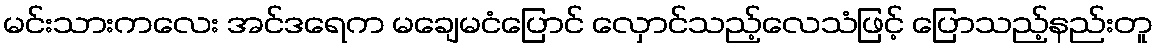
မင်းသားကလေး အင်ဒရေက မချေမငံပြောင် လှောင်သည့်လေသံဖြင့် ပြောသည့်နည်းတူ